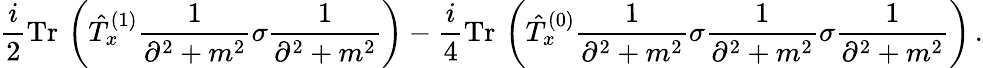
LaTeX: \frac{i}{2}\mathrm{Tr}\, \left(\hat{T}_{x}^{(1)}\frac{1}{\partial^{2}+m^{2}}\sigma\frac{1}{\partial^{2}+m^{2}}\right)-\frac{i}{4}\mathrm{Tr}\, \left(\hat{T}_{x}^{(0)}\frac{1}{\partial^{2}+m^{2}}\sigma\frac{1}{\partial^{2}+m^{2}}\sigma\frac{1}{\partial^{2}+m^{2}}\right)\, .